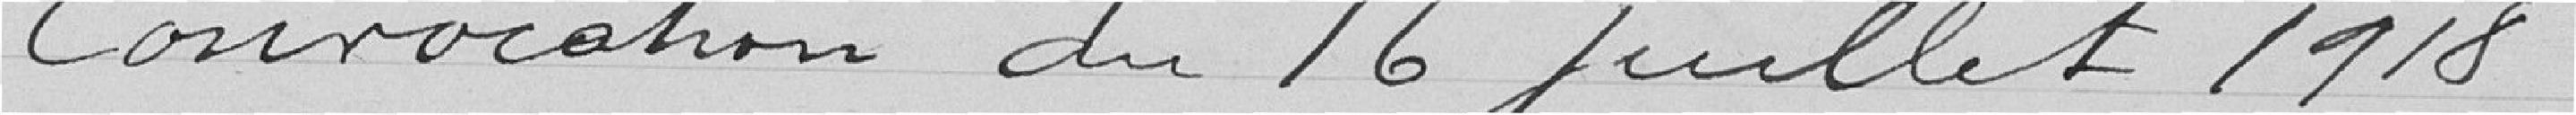
Convocation du 16 juillet 1918.